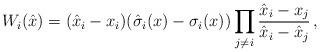
LaTeX: \begin{align*} W_i(\hat{x}) = (\hat{x}_i - x_i) (\hat{\sigma}_i(x) - \sigma_i(x)) \prod_{j \ne i} {\frac{\hat{x}_i - x_j}{\hat{x}_i - \hat{x}_j}} \, ,\end{align*}